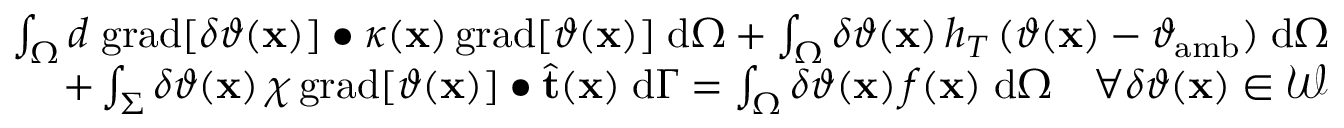
\begin{array} { r } { \int _ { \Omega } d \; \mathrm { g r a d } [ \delta \vartheta ( \mathbf { x } ) ] \bullet \kappa ( \mathbf { x } ) \, \mathrm { g r a d } [ \vartheta ( \mathbf { x } ) ] \; \mathrm { d } \Omega + \int _ { \Omega } \delta \vartheta ( \mathbf { x } ) \, h _ { T } \, ( \vartheta ( \mathbf { x } ) - \vartheta _ { \mathrm { a m b } } ) \; \mathrm { d } \Omega } \\ { + \int _ { \Sigma } \delta \vartheta ( \mathbf { x } ) \, \chi \, \mathrm { g r a d } [ \vartheta ( \mathbf { x } ) ] \bullet \widehat { \mathbf { t } } ( \mathbf { x } ) \; \mathrm { d } \Gamma = \int _ { \Omega } \delta \vartheta ( \mathbf { x } ) \, f ( \mathbf { x } ) \; \mathrm { d } \Omega \quad \forall \delta \vartheta ( \mathbf { x } ) \in \mathcal { W } } \end{array}